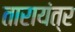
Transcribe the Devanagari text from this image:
तारायंत्र